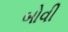
બોવી